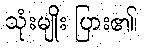
သုံးမျိုး ပြား၏၊